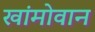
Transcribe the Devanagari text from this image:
खांमोवान